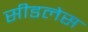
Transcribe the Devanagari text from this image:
सीडलेस